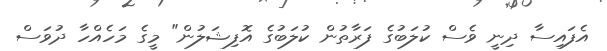
އެފައިސާ ދިނީ ވެސް ކުލަބުގެ ފަރާތުން ކުލަބުގެ އޮފިޝަލުން" މީގެ މަހެއްހާ ދުވަސް